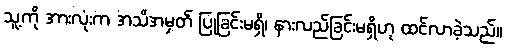
သူ့ကို အားလုံးက အသိအမှတ် ပြုခြင်းမရှိ၊ နားလည်ခြင်းမရှိဟု ထင်လာခဲ့သည်။